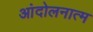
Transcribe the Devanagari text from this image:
आंदोलनात्म